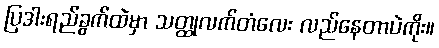
ပြဒါးရည်ခွက်ထဲမှာ သတ္ထုလက်တံလေး လည်နေတာပဲကိုး။